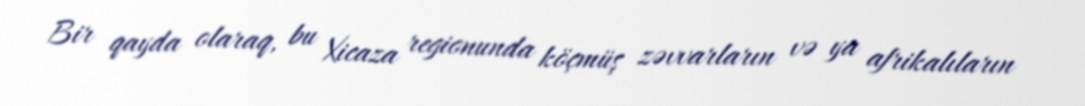
Bir qayda olaraq, bu Xicaza regionunda köçmüş zəvvarların və ya afrikalıların